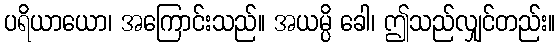
ပရိယာယော၊ အကြောင်းသည်။ အယမ္ပိ ခေါ၊ ဤသည်လျှင်တည်း။